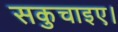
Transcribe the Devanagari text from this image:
सकुचाइए।